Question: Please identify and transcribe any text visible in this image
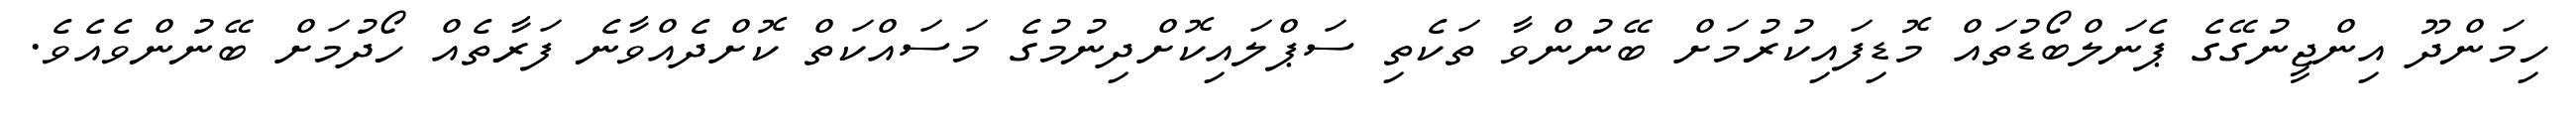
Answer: ހިމަންދޫ އިންޖީނުގޭގެ ޕެނަލްބޯޑުތައް މޮޑިފައިކުރުމަށް ބޭނުންވާ ތަކެތި ސަޕްލައިކޮށްދިނުމުގެ މަސައްކަތް ކޮށްދެއްވާނެ ފަރާތެއް ހޯދުމަށް ބޭނުންވެއެވެ.